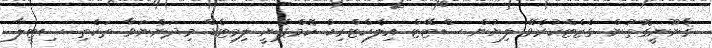
ޤާނޫނީގޮތުން ގެޒެޓްކުރެވޭ ލިޔުން ސްޓޭޓް އިލެކްޓްރިކް ކޮމްޕެނީ ލިމިޓެޑް މިދަންނަވާ ތަކެތި ސިޓީލާ